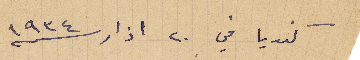
كنديا في ٢٠ اذار ١۹۳٤